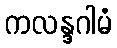
ကလန္ဒဂါမံ